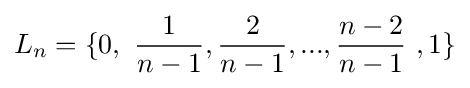
L_{n}=\{0,\ {\frac {1}{n-1}},{\frac {2}{n-1}},...,{\frac {n-2}{n-1}}\ ,1\}